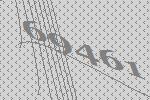
69461